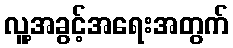
လူ့အခွင့်အရေးအတွက်